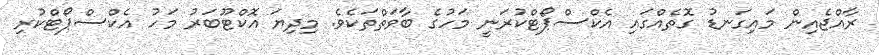
ރާއްޖެއިން މައިގަނޑު ގޮތެއްގައި އެކްސްޕޯޓްކުރަނީ މަހުގެ ބާވަތްތަކެވެ. މިދިޔަ އޮކްޓޫބަރު މަހު އެކްސްޕޯޓްކުރި